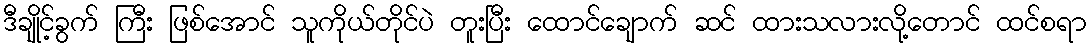
ဒီချိုင့်ခွက် ကြီး ဖြစ်အောင် သူကိုယ်တိုင်ပဲ တူးပြီး ထောင်ချောက် ဆင် ထားသလားလို့တောင် ထင်စရာ